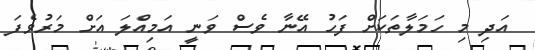
އަދި މި ހަމަލާތަކަށް ފަހު އޭނާ ވެސް ވަނީ އަމިއްލަ އަށް މަރުވެފަ